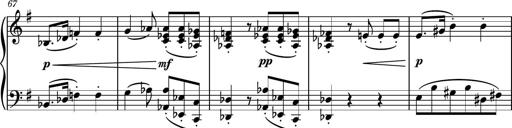
Title: Piano Sonatina No.7
Composer: Dimitri Sykias
Key: G major